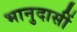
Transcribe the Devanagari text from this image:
भानुदासीं